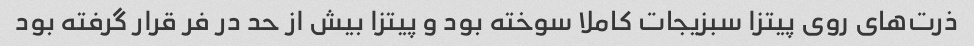
ذرت‌های روی پیتزا سبزیجات کاملا سوخته بود و پیتزا بیش از حد در فر قرار گرفته بود